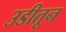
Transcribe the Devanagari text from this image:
उडीतून